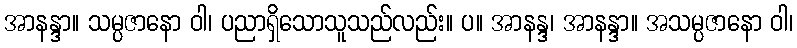
အာနန္ဒာ။ သမ္ပဇာနော ဝါ၊ ပညာရှိသောသူသည်လည်း။ ပ။ အာနန္ဒ၊ အာနန္ဒာ။ အသမ္ပဇာနော ဝါ၊